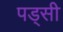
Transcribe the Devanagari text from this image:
पड्सी